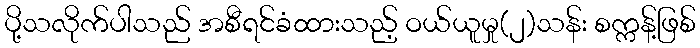
ပို့သလိုက်ပါသည် အစီရင်ခံထားသည့် ဝယ်ယူမှု(၂)သန်း စက္ကန့်ဖြစ်